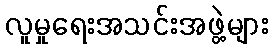
လူမှုရေးအသင်းအဖွဲ့များ